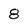
Character: 8